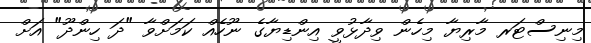
މިނިސްޓަރ މާރިޔާ މިހެން ވިދާޅުވީ އިންޑިޔާގެ ނޫހެއް ކަމަށްވާ "ދަ ހިންދޫ" އަށް